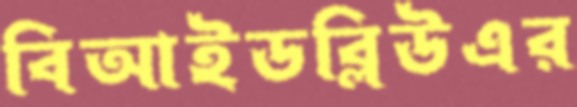
বিআইডব্লিউএর